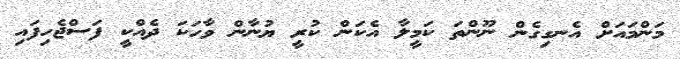
މަންމައަށް އެނގިގެން ނޫންތަ ކަމީލާ އެކަން ކުރީ ޔުނާން ވާހަކަ ދެއްކީ ފަސްޖެހިފައި